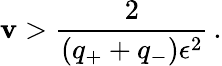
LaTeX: \mathbf{v}>\frac{{2}}{{(q_{+}+q_{-})\epsilon^{2}}}\, .